Madras plague regulations in force outside the Presidency town - Volume 1
Disease focus: Plague
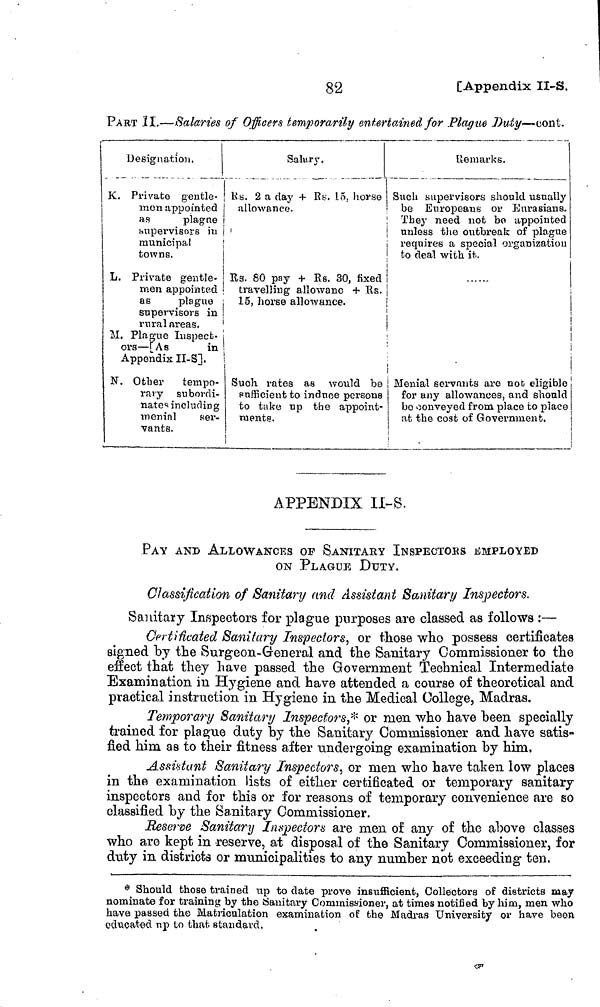
82
[Appendix II-S.
PART II.—Salaries of Officers temporarily entertained for Plague Duty—cont.
Designation,
K. Private gentle-
men appointed
as
plagne
supervisors in
municipal
towns.
L. Private gentle-
men appointed
as
plaguo
supervisors in
rural areas.
M. Plague Inspect-
ors — [As
in
Appendix II-S].
N. Other tempo-
rary subordi-
nate including
menial
ser-
vants.
Salary.
Rs.. 2 a day 4- Es. 15, horse
allowance.
Rs. 80 pay + Rs. 30, fixed
travelling allowanc + Rs.
15, horse allowance.
Such, rates as would be
sufficient to induce persons
to take up the appoint-
ments.
Remarks.
Such supervisors should usually
be Europeans or Eurasians.
They need not bo appointed
unless the outbreak of plague
requires a special organization
to deal with it.
l
i
•
Menial servants are nob eligible
for any allowances, and should
bo conveyed from place to place
at the cost of Government.
APPENDIX II-S.
PAY AND ALLOWANCES OF SANITARY INSPECTOBS JSMPLOYED
ON PLAGUE DUTY.
Classification of Sanitary and Assistant Sanitary Inspectors.
Sanitary Inspectors for plague purposes are classed as follows :—
Certificated Sanitary Inspectors, or those who possess certificates
signed by the Surgeon-General and the Sanitary Commissioner to the
effect that they have passed the Government Technical Intermediate
Examination in Hygiene and have attended a course of theoretical and
practical instruction in Hygiene in the Medical College, Madras.
Temporary Sanitary Inspectors,* or men who have been specially
trained for plague duty by the Sanitary Commissioner and have satis-
fied him as to their fitness after undergoing examination by him,
Assistant Sanitary Inspectors, or men who have taken low places
in the examination lists of either certificated or temporary sanitary
inspectors and for this or for reasons of temporary convenience are so
classified by the Sanitary Commissioner.
Reserve Sanitary Inspectors are men of any of the above classes
who are kept in reserve, at disposal of the Sanitary Commissioner, for
duty in districts or municipalities to any number not exceeding ten.
* Should those trained tip to date prove insiifficient. Collectors of districts may
nominate for training by the ¡Sanitary Commissioner, at times notified by him, men who
have passed the Matriculation examination of the Madras University or have beon
odxicated up to that standard,